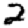
Digit: 2